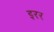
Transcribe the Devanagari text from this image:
इरर